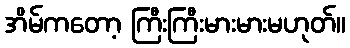
အိမ်ကတော့ ကြီးကြီးမားမားမဟုတ်။